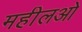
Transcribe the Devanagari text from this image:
महीलओ